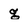
Character: g